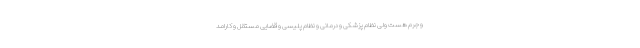
و جرم هست ولی نظام پزشکی و درمانی و نظام پلیسی و قضایی مستقل و کارامد